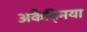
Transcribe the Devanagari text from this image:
अकैड्मिया